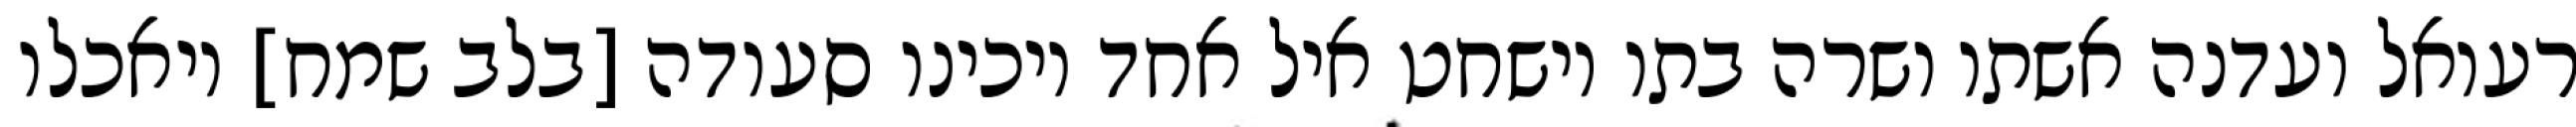
רעואל ועדנה אשתו ושרה בתו וישחט איל אחד ויכינו סעודה [בלב שמח] ויאכלו